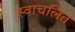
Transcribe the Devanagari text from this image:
स्वाचलित